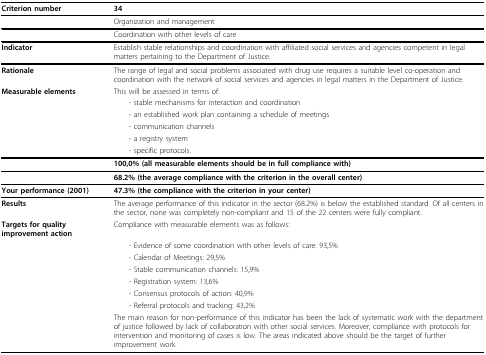
<table><thead><tr><td><b>Criterion number</b></td><td><b>34</b></td></tr></thead><tbody><tr><td>[EMPTY_CELL]</td><td>Organization and management</td></tr><tr><td>[EMPTY_CELL]</td><td>Coordination with other levels of care</td></tr><tr><td><b>Indicator</b></td><td>Establish stable relationships and coordination with affiliated social services and agencies competent in legal matters pertaining to the Department of Justice.</td></tr><tr><td><b>Rationale</b></td><td>The range of legal and social problems associated with drug use requires a suitable level co-operation and coordination with the network of social services and agencies in legal matters in the Department of Justice.</td></tr><tr><td><b>Measurable elements</b></td><td>This will be assessed in terms of:</td></tr><tr><td>[EMPTY_CELL]</td><td> - stable mechanisms for interaction and coordination</td></tr><tr><td>[EMPTY_CELL]</td><td> - an established work plan containing a schedule of meetings</td></tr><tr><td>[EMPTY_CELL]</td><td> - communication channels</td></tr><tr><td>[EMPTY_CELL]</td><td> - a registry system</td></tr><tr><td>[EMPTY_CELL]</td><td> - specific protocols.</td></tr><tr><td>[EMPTY_CELL]</td><td><b>100,0% (all measurable elements should be in full compliance with)</b></td></tr><tr><td>[EMPTY_CELL]</td><td><b>68.2% (the average compliance with the criterion in the overall center)</b></td></tr><tr><td><b>Your performance (2001)</b></td><td><b>47.3% (the compliance with the criterion in your center)</b></td></tr><tr><td><b>Results</b></td><td>The average performance of this indicator in the sector (68.2%) is below the established standard. Of all centers in the sector, none was completely non-compliant and 15 of the 22 centers were fully compliant.</td></tr><tr><td><b>Targets for quality improvement action</b></td><td>Compliance with measurable elements was as follows:</td></tr><tr><td>[EMPTY_CELL]</td><td> - Evidence of some coordination with other levels of care: 93,5%</td></tr><tr><td>[EMPTY_CELL]</td><td> - Calendar of Meetings: 29,5%</td></tr><tr><td>[EMPTY_CELL]</td><td> - Stable communication channels: 15,9%</td></tr><tr><td>[EMPTY_CELL]</td><td> - Registration system: 13,6%</td></tr><tr><td>[EMPTY_CELL]</td><td> - Consensus protocols of action: 40,9%</td></tr><tr><td>[EMPTY_CELL]</td><td> - Referral protocols and tracking: 43,2%</td></tr><tr><td>[EMPTY_CELL]</td><td>The main reason for non-performance of this indicator has been the lack of systematic work with the department of justice followed by lack of collaboration with other social services. Moreover, compliance with protocols for intervention and monitoring of cases is low. The areas indicated above should be the target of further improvement work.</td></tr></tbody></table>